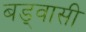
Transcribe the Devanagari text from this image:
बड्वासी